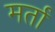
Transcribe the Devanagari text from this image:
मर्ता